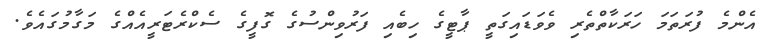
އެންމެ ފުރަތަމަ ހަރަކާތްތެރި ވެވަޑައިގަތީ ޕާޓީގެ ހިބެއި ފަރުވިންސުގެ ގޮފީގެ ސެކްރެޓަރީއެއްގެ މަގާމުގައެވެ.